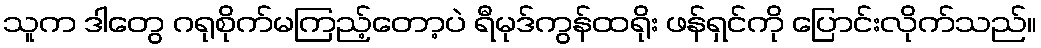
သူက ဒါတွေ ဂရုစိုက်မကြည့်တော့ပဲ ရီမုဒ်ကွန်ထရိုး ဖန်ရှင်ကို ပြောင်းလိုက်သည်။